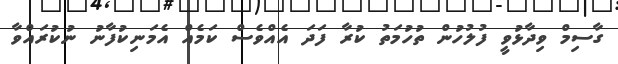
ގާސިމް ވިދާޅުވީ ފުލުހުން ތުހުމަތު ކުރާ ފަދަ އެއްވެސް ކަމެއް އެމަނިކުފާނު ނުކުރައްވާ